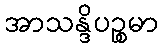
အာသန္ဒိပဉ္စမာ